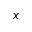
x